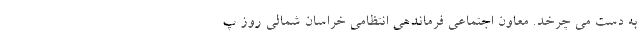
به دست می چرخد. معاون اجتماعی فرماندهی انتظامی خراسان شمالی روز پ